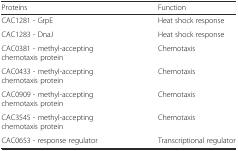
| Proteins | Function |
 | --- | --- |
 | CAC1281 - GrpE | Heat shock response |
 | CAC1283 - DnaJ | Heat shock response |
 | CAC0381 - methyl-accepting chemotaxis protein | Chemotaxis |
 | CAC0433 - methyl-accepting chemotaxis protein | Chemotaxis |
 | CAC0909 - methyl-accepting chemotaxis protein | Chemotaxis |
 | CAC3545 - methyl-accepting chemotaxis protein | Chemotaxis |
 | CAC0653 - response regulator | Transcriptional regulator |